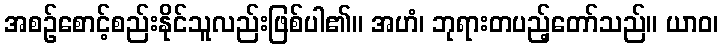
အစဉ်စောင့်စည်းနိုင်သူလည်းဖြစ်ပါ၏။ အဟံ၊ ဘုရားတပည့်တော်သည်။ ယာဝ၊